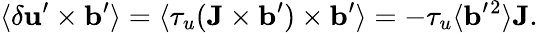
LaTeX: \langle{\delta{\mathbf{u}}^{\prime}\times{\mathbf{b}}^{\prime}}\rangle=\langle{\tau_{u}({\mathbf{J}}\times{\mathbf{b}}^{\prime})\times{\mathbf{b}}^{\prime}}\rangle=-\tau_{u}\langle{{\mathbf{b}}^{\prime}{}^{2}}\rangle{\mathbf{J}}.